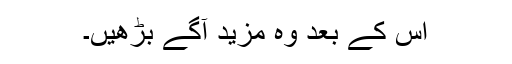
اس کے بعد وہ مزید آگے بڑھیں۔